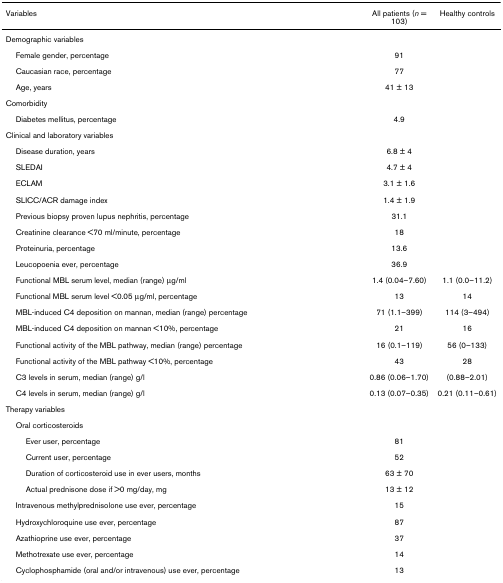
<table><thead><tr><td><b>Variables</b></td><td><b>All patients (<i>n </i>= 103)</b></td><td><b>Healthy controls</b></td></tr></thead><tbody><tr><td>Demographic variables</td><td></td><td></td></tr><tr><td> Female gender, percentage</td><td>91</td><td></td></tr><tr><td> Caucasian race, percentage</td><td>77</td><td></td></tr><tr><td> Age, years</td><td>41 ± 13</td><td></td></tr><tr><td>Comorbidity</td><td></td><td></td></tr><tr><td> Diabetes mellitus, percentage</td><td>4.9</td><td></td></tr><tr><td>Clinical and laboratory variables</td><td></td><td></td></tr><tr><td> Disease duration, years</td><td>6.8 ± 4</td><td></td></tr><tr><td> SLEDAI</td><td>4.7 ± 4</td><td></td></tr><tr><td> ECLAM</td><td>3.1 ± 1.6</td><td></td></tr><tr><td> SLICC/ACR damage index</td><td>1.4 ± 1.9</td><td></td></tr><tr><td> Previous biopsy proven lupus nephritis, percentage</td><td>31.1</td><td></td></tr><tr><td> Creatinine clearance &lt;70 ml/minute, percentage</td><td>18</td><td></td></tr><tr><td> Proteinuria, percentage</td><td>13.6</td><td></td></tr><tr><td> Leucopoenia ever, percentage</td><td>36.9</td><td></td></tr><tr><td> Functional MBL serum level, median (range) μg/ml</td><td>1.4 (0.04–7.60)</td><td>1.1 (0.0–11.2)</td></tr><tr><td> Functional MBL serum level &lt;0.05 μg/ml, percentage</td><td>13</td><td>14</td></tr><tr><td> MBL-induced C4 deposition on mannan, median (range) percentage</td><td>71 (1.1–399)</td><td>114 (3–494)</td></tr><tr><td> MBL-induced C4 deposition on mannan &lt;10%, percentage</td><td>21</td><td>16</td></tr><tr><td> Functional activity of the MBL pathway, median (range) percentage</td><td>16 (0.1–119)</td><td>56 (0–133)</td></tr><tr><td> Functional activity of the MBL pathway &lt;10%, percentage</td><td>43</td><td>28</td></tr><tr><td> C3 levels in serum, median (range) g/l</td><td>0.86 (0.06–1.70)</td><td>(0.88–2.01)</td></tr><tr><td> C4 levels in serum, median (range) g/l</td><td>0.13 (0.07–0.35)</td><td>0.21 (0.11–0.61)</td></tr><tr><td>Therapy variables</td><td></td><td></td></tr><tr><td> Oral corticosteroids</td><td></td><td></td></tr><tr><td>Ever user, percentage</td><td>81</td><td></td></tr><tr><td>Current user, percentage</td><td>52</td><td></td></tr><tr><td>Duration of corticosteroid use in ever users, months</td><td>63 ± 70</td><td></td></tr><tr><td>Actual prednisone dose if &gt;0 mg/day, mg</td><td>13 ± 12</td><td></td></tr><tr><td> Intravenous methylprednisolone use ever, percentage</td><td>15</td><td></td></tr><tr><td> Hydroxychloroquine use ever, percentage</td><td>87</td><td></td></tr><tr><td> Azathioprine use ever, percentage</td><td>37</td><td></td></tr><tr><td> Methotrexate use ever, percentage</td><td>14</td><td></td></tr><tr><td> Cyclophosphamide (oral and/or intravenous) use ever, percentage</td><td>13</td><td></td></tr></tbody></table>